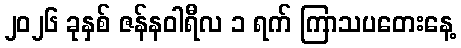
၂၀၂၆ ခုနှစ် ဇန်နဝါရီလ ၁ ရက် ကြာသပတေးနေ့